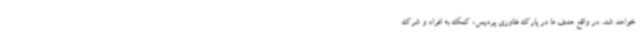
خواهد شد. در واقع هدف ما در پارک فناوری پردیس، کمک به افراد و شرک